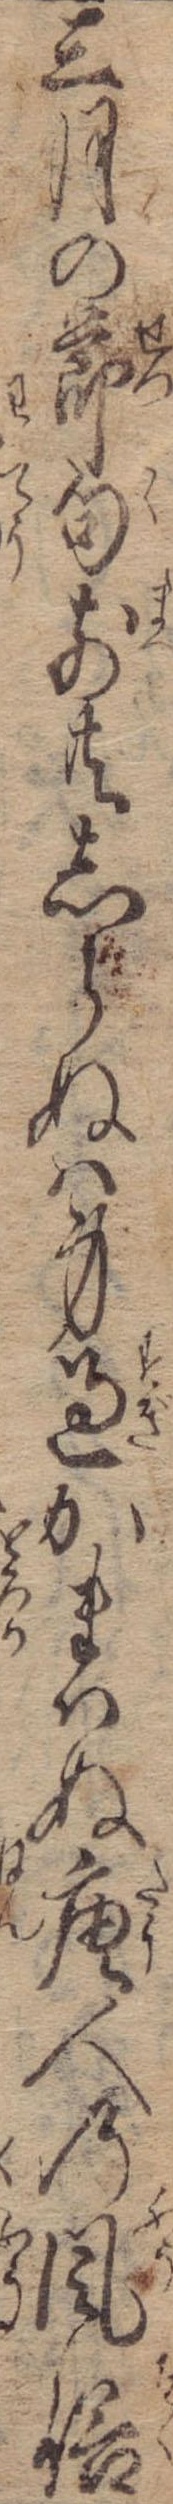
三月の節句前共しらぬは身過かまはぬ唐人の風俗